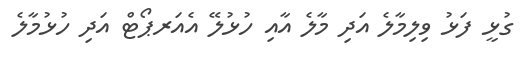
ގުޅީ ފަޅު ވިލިމާލެ އަދި މާލެ އާއި ހުޅުލޭ އެއަރޕޯޓް އަދި ހުޅުމާލެ